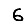
Digit: 6